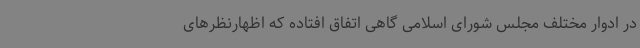
در ادوار مختلف مجلس شورای اسلامی گاهی اتفاق افتاده که اظهارنظرهای